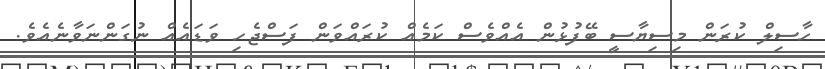
ހާސިލް ކުރަން މިސިޔާސީ ބޭފުޅުން އެއްވެސް ކަމެއް ކުރައްވަން ފަސްޖެހި ވަޑައެއް ނުގަންނަވާނެއެވެ.